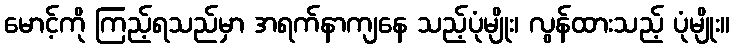
မောင့်ကို ကြည့်ရသည်မှာ အရက်နာကျနေ သည့်ပုံမျိုး၊ လွန်ထားသည့် ပုံမျိုး။